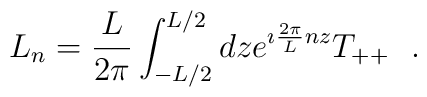
L_n={L\over 2\pi}\int_{-L/2}^{L/2}dz e^{\imath {2\pi\over L}nz} T_{++}~~.